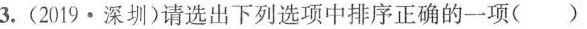
3.(2019·深圳)请选出下列选项中排序正确的一项()